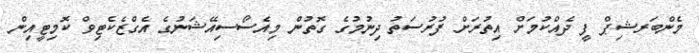
މެންބަރޝިޕް ފީ ދެއްކުމަށް އިތުރަށް ފުރުސަތު ދިނުމުގެ ގޮތުން މިއެސޯސިއޭޝަނުގެ އެގްޒެކެޓިވް ކޮމިޓީއިން